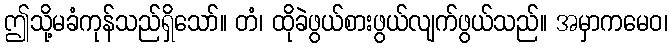
ဤသို့မခံကုန်သည်ရှိသော်။ တံ၊ ထိုခဲဖွယ်စားဖွယ်လျက်ဖွယ်သည်။ အမှာကမေဝ၊